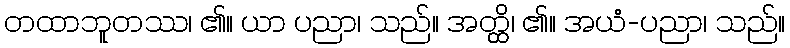
တထာဘူတဿ၊ ၏။ ယာ ပညာ၊ သည်။ အတ္တ္ထိ၊ ၏။ အယံ-ပညာ၊ သည်။